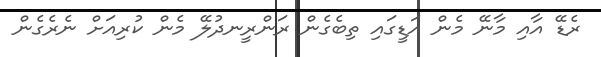
ރެޑޭ އާއި މާނޭ މެން އަޑީގައި ތިބެގެން ރަންރީނދުލޭ މެން ކުރިއަށް ނެރެގެން